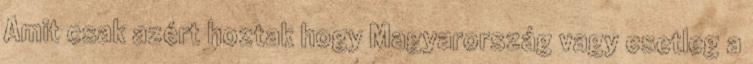
Amit csak azért hoztak hogy Magyarország vagy esetleg a